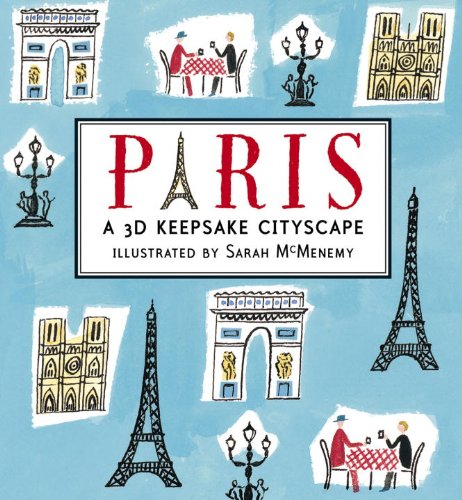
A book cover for Paris: Panorama Pops; Sarah McMenemy; Children's Books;